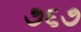
૭૬૭